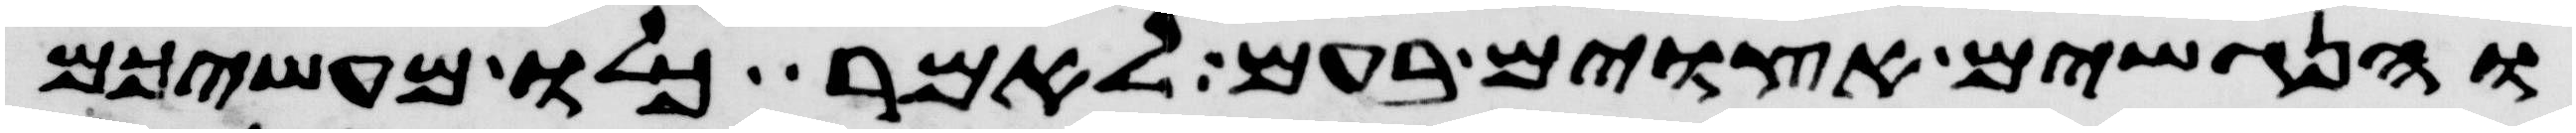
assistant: והנגשים אצוים בעם לאמר כלו מעשיכם